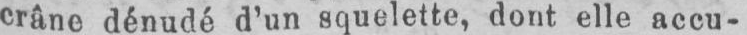
crâne dénudé d’un squelette, dont elle accu-